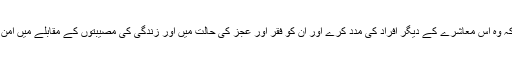
اس کا فرض ہے کہ وہ اس معاشرے کے دیگر افراد کی مدد کرے اور ان کو فقر اور عجز کی حالت میں اور زندگی کی مصیبتوں کے مقابلے میں امن و امان مہیا کرے۔